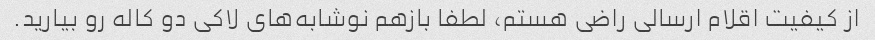
از کیفیت اقلام ارسالی راضی هستم، لطفا بازهم نوشابه‌های لاکی دو کاله رو بیارید.